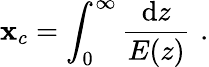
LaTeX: \mathbf{x}_{c}=\int_{0}^{\infty}\frac{{\mathrm{{d}}z}}{{E(z)}}\, \, .